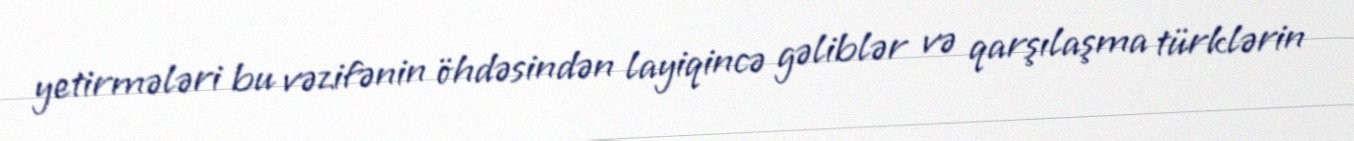
yetirmələri bu vəzifənin öhdəsindən layiqincə gəliblər və qarşılaşma türklərin